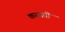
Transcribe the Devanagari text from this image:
करवतीं